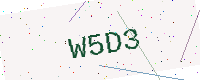
Text: W5D3